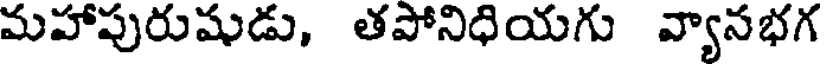
మహాపురుషుడు, తపోనిధియగు వ్యానభగ